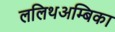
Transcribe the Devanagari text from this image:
ललिथअम्बिका